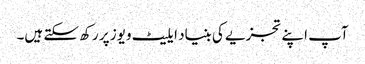
آپ اپنے تجزیے کی بنیاد ایلیٹ ویوز پر رکھ سکتے ہیں۔